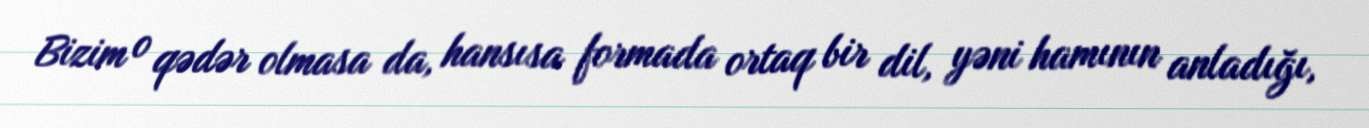
Bizim o qədər olmasa da, hansısa formada ortaq bir dil, yəni hamının anladığı,